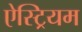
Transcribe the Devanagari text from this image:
ऐस्ट्रियम